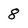
Character: 8